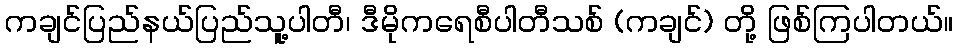
ကချင်ပြည်နယ်ပြည်သူ့ပါတီ၊ ဒီမိုကရေစီပါတီသစ် (ကချင်) တို့ ဖြစ်ကြပါတယ်။